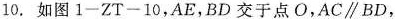
如图 1-ZT-10,AE,BD交于点O,A C\parallel B D,